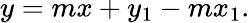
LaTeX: y=mx+y_{1}-mx_{1}.